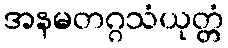
အနမတဂ္ဂသံယုတ္တံ